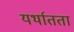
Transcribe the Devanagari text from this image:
यर्थातता